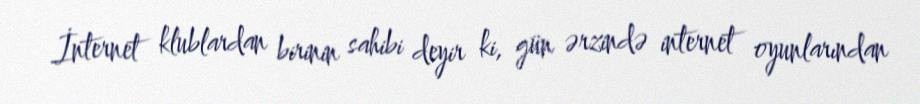
İnternet klublardan birinin sahibi deyir ki, gün ərzində internet oyunlarından